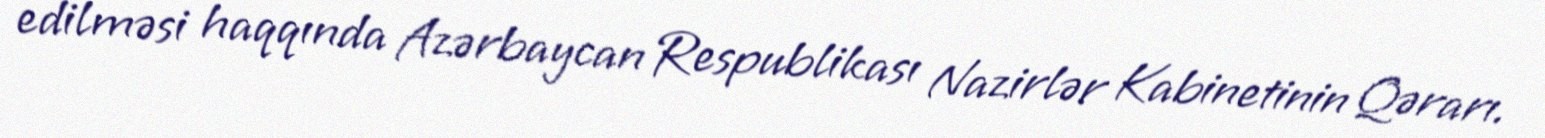
edilməsi haqqında Azərbaycan Respublikası Nazirlər Kabinetinin Qərarı.